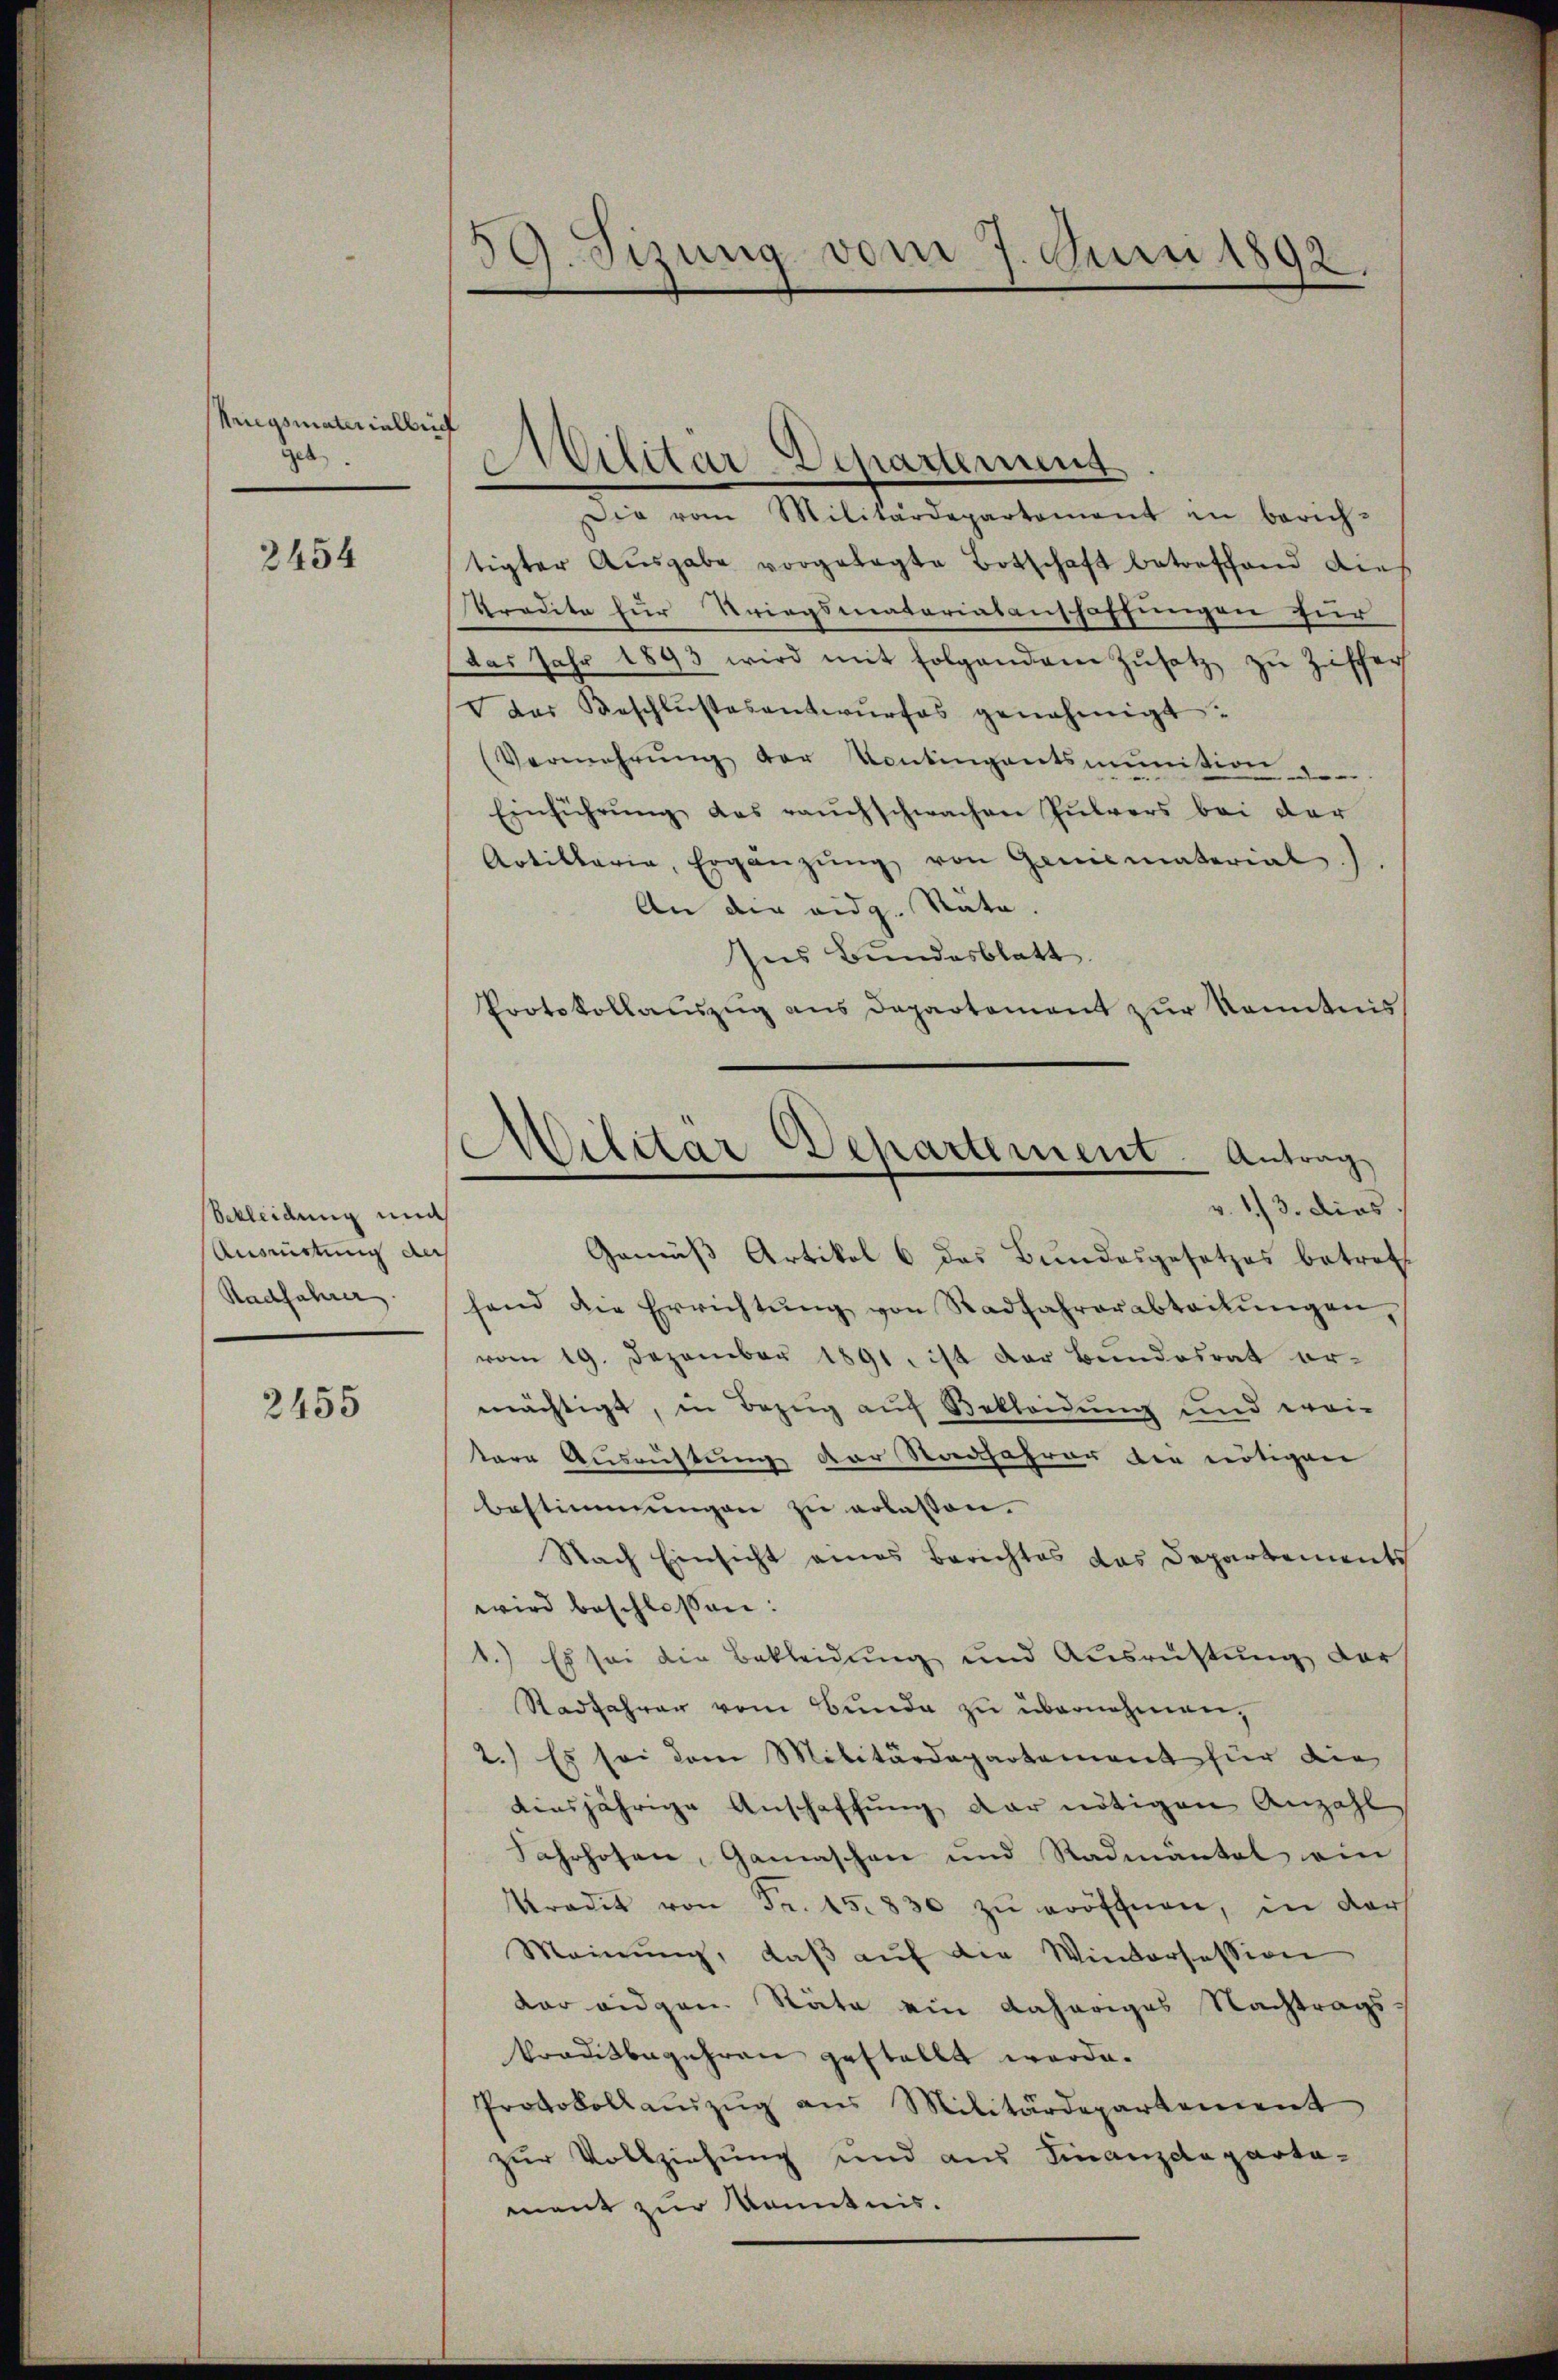
Kriegsmaterialbrief
Tat.

2454

bekleidung mit
Ausmietung des
Radfahrer

2455

39. Sizung vom 7. Juni 1892.

Militar Departement. Antrag

Die vom Militärdepartement in berich-
tigter Ausgabe vorgelegte Botschaft betreffend dies
Pradita für Kriegsmatariatanschaffungen für
das Jahr 1893 wird mit folgendene Zŭsatz zu Ziffer
V das Beschlŭssesentwŭrfes genehmigt.
(Vermehrŭng der Contingentsmunition
Einführŭng das rauchschwachen Pulvers bei der
Artillaria, Ergänzŭng von Geniematerial
An die eidg. Räte
Ins Bundesblatt.
Protokollauszug aus Departement zur Kenntnis
v. 1/3. dies
Gemäß Artikel 6 das Bundesgesetzes betret
fend die Errichtŭng von Radfahrerabteilŭngen,
vom 19. Dezember 1891. ist der Bundesrat ermächtigt, in Bezug auf Bekleidung und wei-
tere Ausrüstung der Staafahrer die nötigen
bestimmungen zu erlassen.
Nach Einsicht eines Berichtes das Departements
wird beschlossen:
1.) Es sei die Bekleidung und Ausrüstung darf
Radjahrer vom Bunde zu übernehmen,
2.) Es sei dem Militärdepartement für die
ainsjährige Anschaffung der nötigen Anzahl
Jahrhofen, Gamaschen und Radmäntel ein
Kradit von Fr. 15830 zŭ eröffnen, in der
Meinŭng, daβ aŭf die Wintersession
dar eidgen. Stäte ein daheriges Nachtrags
trautbegehren gestellt werde.
Protokollaŭzŭg ans Militärdepartement
zur Vollziehung und aus Finanzdeparta-
ment zur Kenntnis.